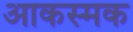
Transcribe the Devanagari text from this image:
आकस्मक